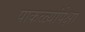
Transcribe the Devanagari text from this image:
पाकळ्यांपेक्षा